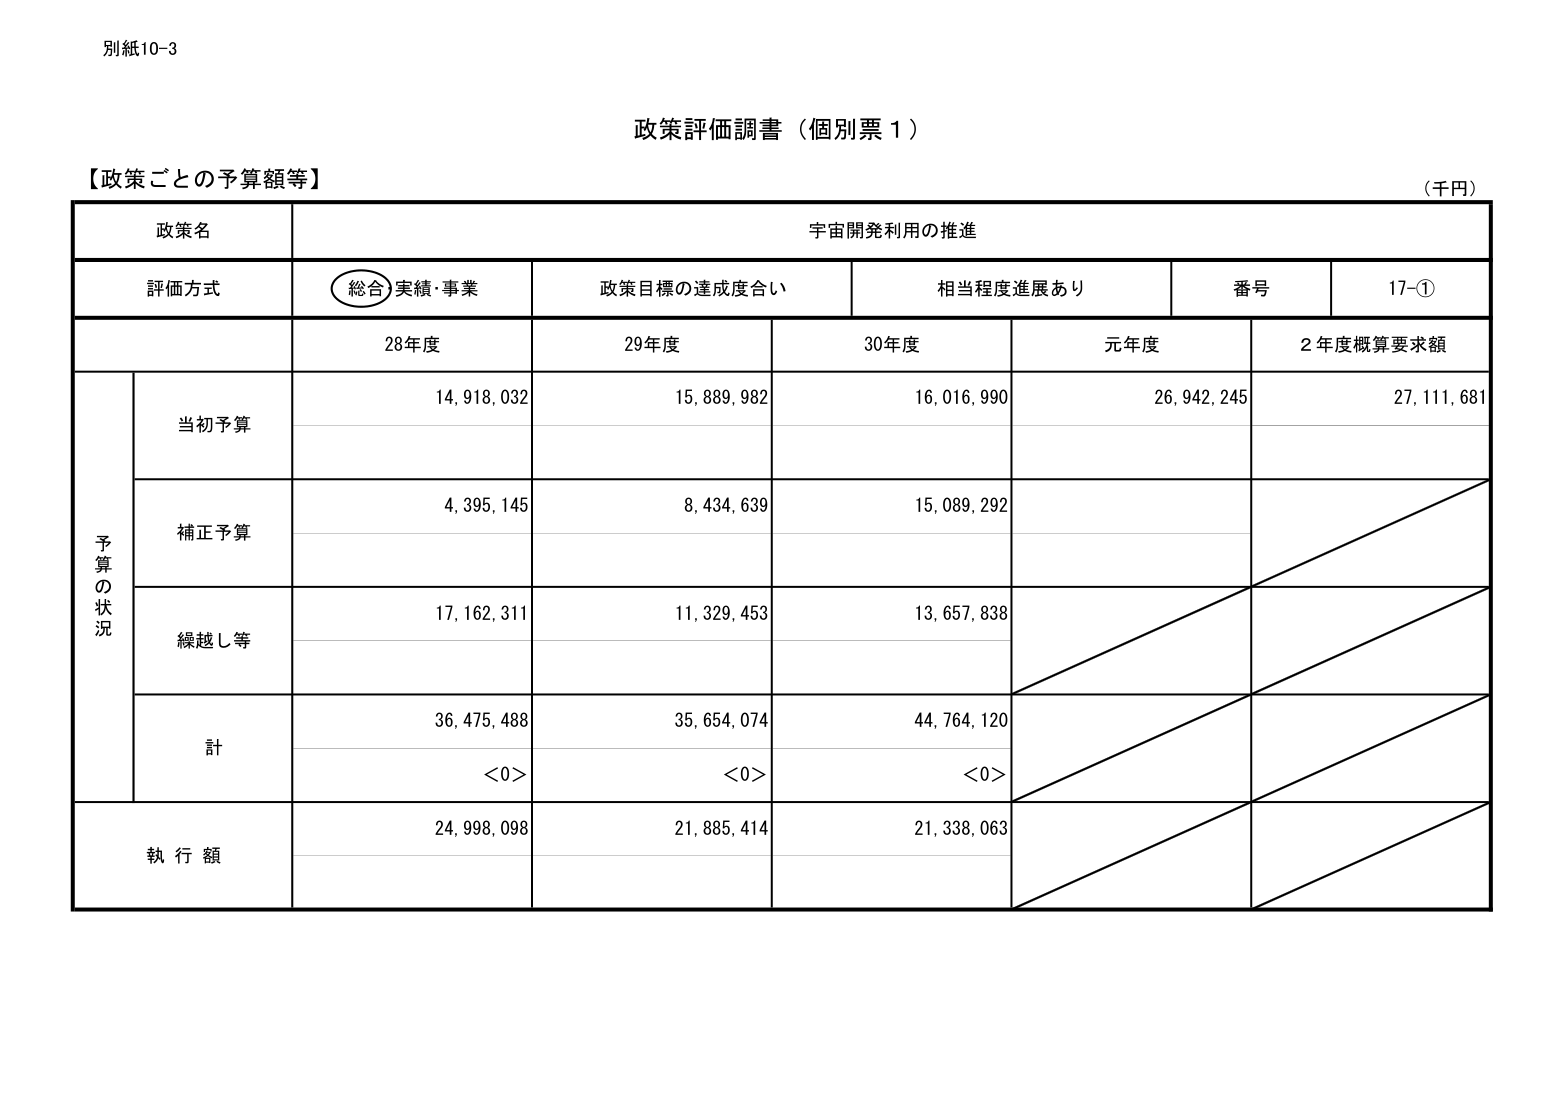
別紙10-3

政策評価調書（個別票１）

【政策ごとの予算額等】
（千円）

政策名
宇宙開発利用の推進

評価方式
（総合）実績・事業
政策目標の達成度合い
相当程度進展あり
番号
17-①

予算の状況
28年度
29年度
30年度
元年度
2年度概算要求額

当初予算
14,918,032
15,889,982
16,016,990
26,942,245
27,111,681

補正予算
4,395,145
8,434,639
15,089,292

繰越し等
17,162,311
11,329,453
13,657,838

計
36,475,488
35,654,074
44,764,120
<0>
<0>
<0>

執行額
24,998,098
21,885,414
21,338,063